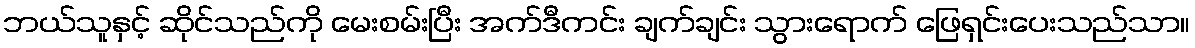
ဘယ်သူနှင့် ဆိုင်သည်ကို မေးစမ်းပြီး အက်ဒီကင်း ချက်ချင်း သွားရောက် ဖြေရှင်းပေးသည်သာ။